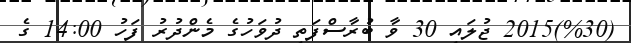
(%30)2015 ޖުލައި 30 ވާ ބުރާސްފަތި ދުވަހުގެ މެންދުރު ފަހު 14:00 ގެ